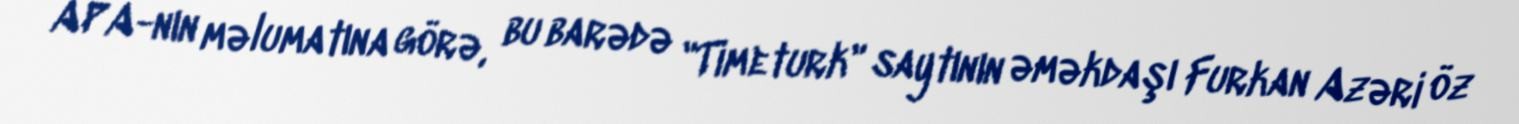
APA-nın məlumatına görə, bu barədə "Timeturk" saytının əməkdaşı Furkan Azəri öz